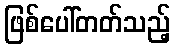
ဖြစ်ပေါ်တတ်သည့်